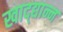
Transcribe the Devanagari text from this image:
खाद्द्यान्न